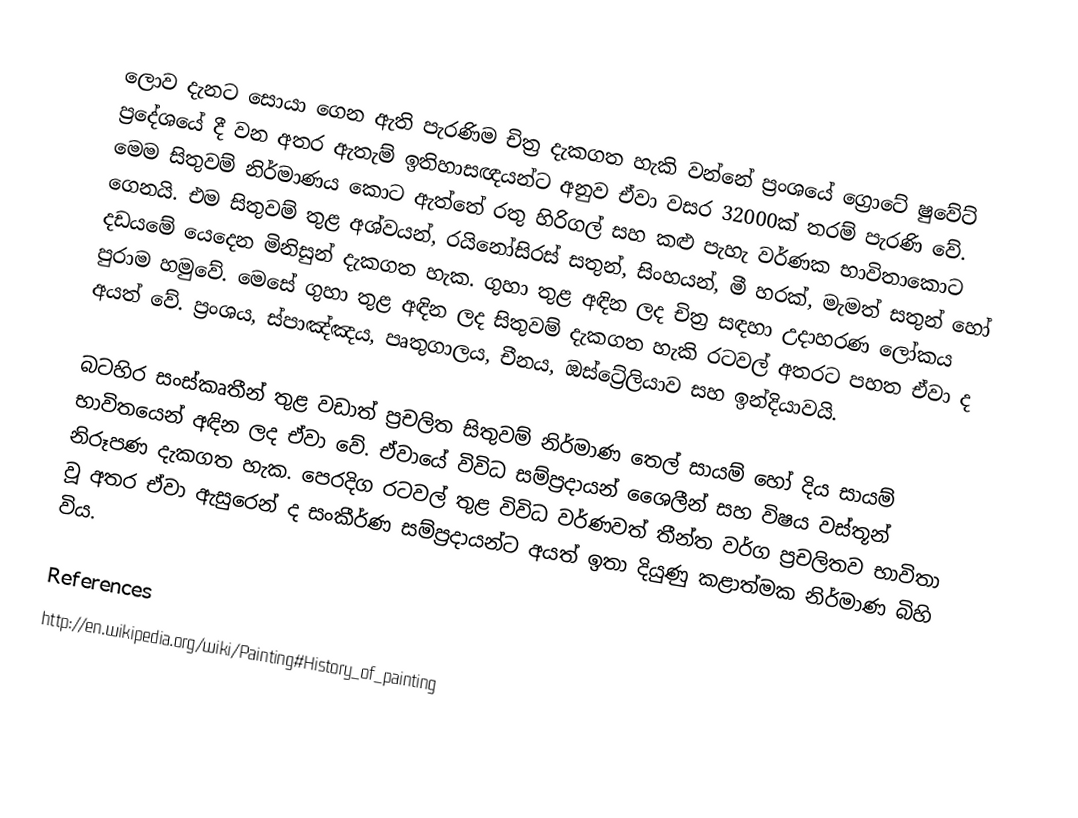
ලොව දැනට සොයා ගෙන ඇති පැරණිම චිත්‍ර දැකගත හැකි වන්නේ ප්‍රංශයේ ග්‍රොටේ ෂුවේට් ප්‍රදේශයේ දී වන අතර ඇතැම් ඉතිහාසඥයන්ට අනුව ඒවා වසර 32000ක් තරම් පැරණි වේ. මෙම සිතුවම් නිර්මාණය කොට ඇත්තේ රතු හිරිගල් සහ කළු පැහැ වර්ණක භාවිතාකොට ගෙනයි. එම සිතුවම් තුළ අශ්වයන්, රයිනෝසිරස් සතුන්, සිංහයන්, මී හරක්, මැමත් සතුන් හෝ දඩයමේ යෙදෙන මිනිසුන් දැකගත හැක. ගුහා තුළ අඳින ලද චිත්‍ර සඳහා උදාහරණ ලෝකය පුරාම හමුවේ. මෙසේ ගුහා තුළ අඳින ලද සිතුවම් දැකගත හැකි රටවල් අතරට පහත ඒවා ද අයත් වේ. ප්‍රංශය, ස්පාඤ්ඤය, පෘතුගාලය, චීනය, ඔස්ට්‍රේලියාව සහ ඉන්දියාවයි.

බටහිර සංස්කෘතීන් තුළ වඩාත් ප්‍රචලිත සිතුවම් නිර්මාණ තෙල් සායම් හෝ දිය සායම් භාවිතයෙන් අඳින ලද ‍ඒවා වේ. ඒවායේ විවිධ සම්ප්‍රදායන් ශෛලීන් සහ විෂය වස්තූන් නිරූපණ දැකගත හැක. පෙරදිග රටවල් තුළ විවිධ වර්ණවත් තීන්ත වර්ග ප්‍රචලිතව භාවිතා වූ අතර ඒවා ඇසුරෙන් ද සංකීර්ණ සම්ප්‍රදායන්ට අයත් ඉතා දියුණු කළාත්මක නිර්මාණ බිහි විය.

References
http://en.wikipedia.org/wiki/Painting#History_of_painting